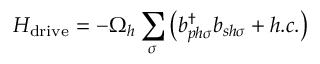
H _ { \mathrm { d r i v e } } = - \Omega _ { h } \sum _ { \sigma } \left( b _ { p h \sigma } ^ { \dagger } b _ { s h \sigma } + h . c . \right)